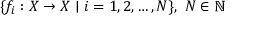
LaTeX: \{ f _ { i } : X \to X \mid i = 1 , 2 , \dots , N \} , \ N \in \mathbb { N }